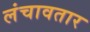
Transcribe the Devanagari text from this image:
लंचावतार